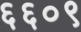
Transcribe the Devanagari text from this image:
६६०९